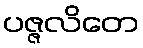
ပဇ္ဇလိတေ